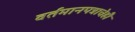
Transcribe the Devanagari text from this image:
वर्तमानपत्राचेही